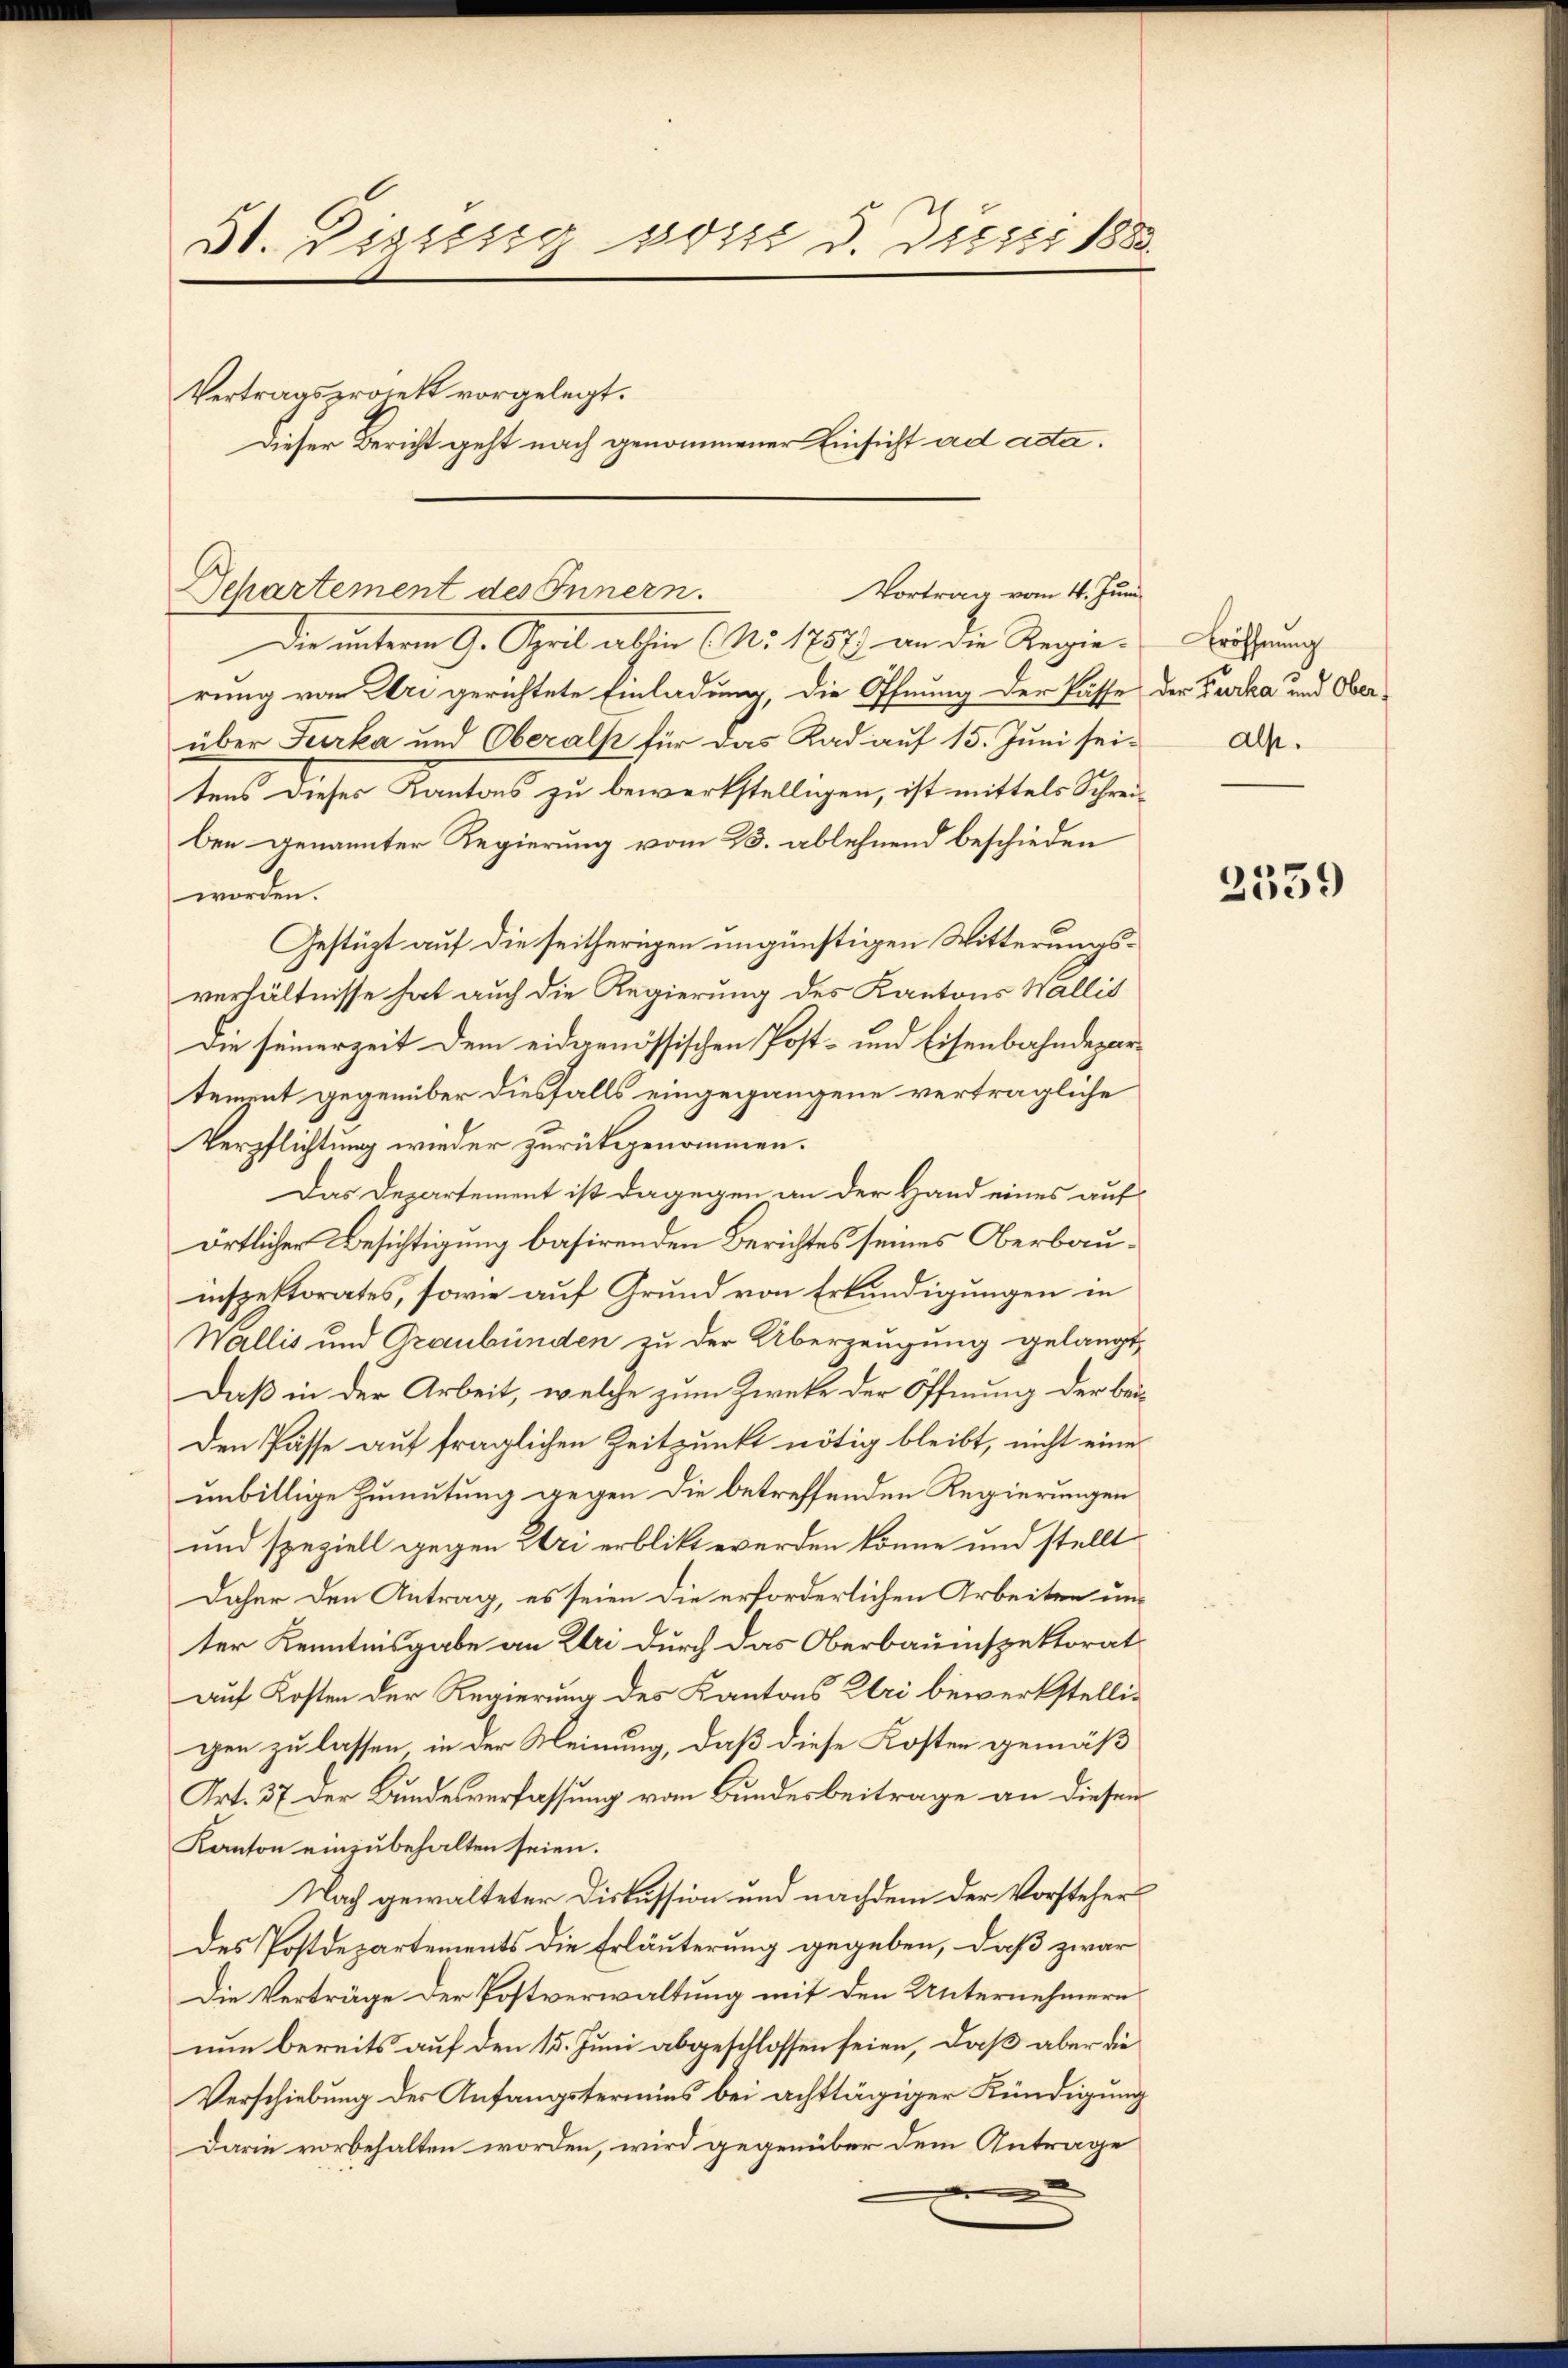
51. Disissig vom 5. Dieser 188
Vertragsprojekt vorgelegt.
Dieser Bericht geht nach genommener Einsicht ad acta.

Separtement des Innern.
Die unterm 9. April abhin (No. 1757 an die Regie-
rung von Uri gerichtete Einladung, die Öffnung der Pässe der Furka und Ober-
über Furka und Oberalp für das Rad auf 15. Juni sei-
tens dieses Kantons zu bewerkstelligen, ist mittels Schreiben genannter Regierung vom 23. ablehnend beschieden
worden.
Gestüzt auf die seitherigen ungünstigen Witterungsverhältnisse hat auch die Regierung des Kantons Wallis
Die seinerzeit dem eidgenössischen Post- und Eisenbahndepartement gegenüber diesfalls eingegangene verträgliche
Verpflichtung wieder zurückgenommen.
Das Departement ist dagegen an der Hand eines auförtlicher Besichtigung basirenden Berichtes seines Oberbauinspektorates, sowie auf Grund von Erkundigungen in
Wallis und Graubünden zu der Überzeugung gelangt,
Daß in der Arbeit, welche zum Zwecke der Öffnung der bei¬
Den Pässe auf fraglichen Zeitpunkt nötig bleibt, nicht eine
unbillige Zumutung gegen die betreffenden Regierungen
und speziell gegen Uri erblickt werden könne und stellt
Daher den Antrag, es seien die erforderlichen Arbeiten unter Kenntnisgabe an Uri durch das Oberbauinspektorat
auf Kosten der Regierung des Kantons Chri bewerkstelligen zu lassen in der Meinung, daß diese Kosten gemäß
Art. 37 der Bundesverfassung vom Bundesbeitrage an dieser
Kanton einzubehalten seien.
Nach gewalteter Diskussion und nachdem der Vorsteher
des Postdepartements die Erläuterung gegeben, daß zwar
Die Verträge der Postverwaltung mit den Unternehmern
nun bereits auf den 15. Juni abgeschlossen seien, daß aber die
Verschiebung der Anfängstermins bei achttägiger Kündigung
Darin vorbehalten worden, wird gegenüber dem Antrage

Vortrag vom 4. Juni

Eröffnung
als.

2339